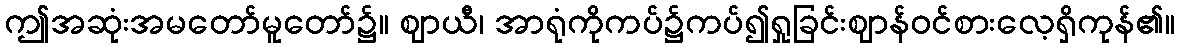
ဤအဆုံးအမတော်မူတော်၌။ ဈာယီ၊ အာရုံကိုကပ်၌ကပ်၍ရှုခြင်းဈာန်ဝင်စားလေ့ရှိကုန်၏။